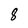
Character: 8